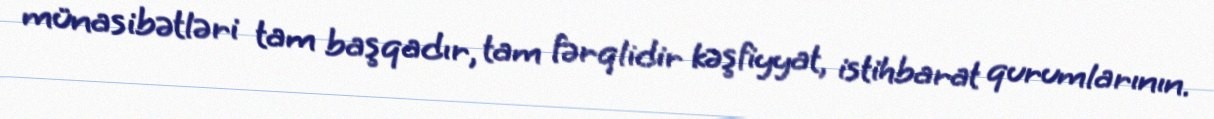
münasibətləri tam başqadır, tam fərqlidir kəşfiyyat, istihbarat qurumlarının.